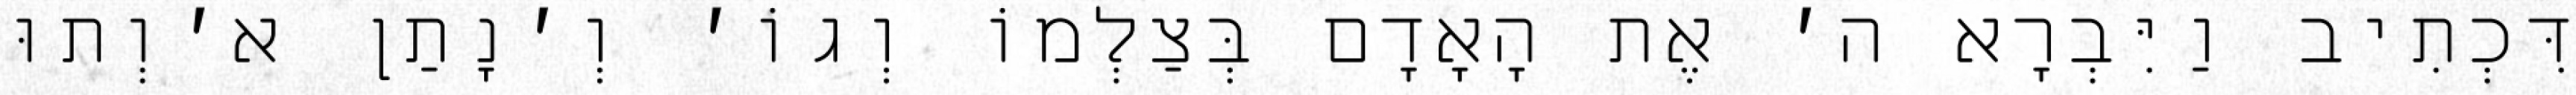
דִּכְתִיב וַיִּבְרָא ה׳ אֶת הָאָדָם בְּצַלְמוֹ וְגוֹ׳ וְ׳נָתַן א׳וְתוּ